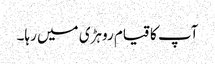
آپ کا قیام روہڑی میں رہا۔